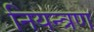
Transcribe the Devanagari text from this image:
नियन्‍त्रण